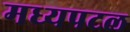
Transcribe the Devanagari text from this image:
मध्यपटल